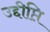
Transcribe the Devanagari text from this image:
उद्दीप्ति